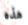
هذه